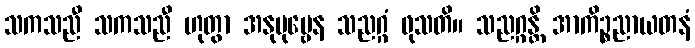
သကသညီ သကသညီ ဟုတွာ အနုပုဗ္ဗေန သညဂ္ဂံ ဖုသတိ။ သညဂ္ဂန္တိ အာကိဉ္စညာယတနံ